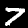
Label: 7